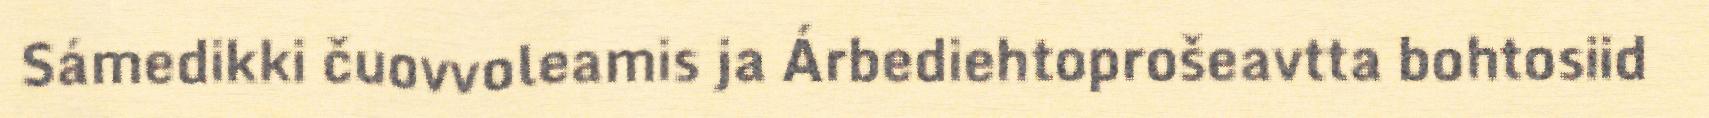
Sámedikki čuovvoleamis ja Árbediehtoprošeavtta bohtosiid